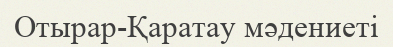
Отырар-Қаратау мәдениеті